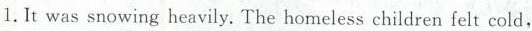
1.It was snowing heavily.The homeless children felt cold，